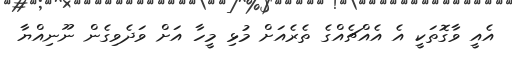
އެއީ ވާގޮތަކީ އެ އެއްޗެއްގެ ތެރެއަށް މުޅި މީހާ އަށް ވަދެވިގެން ނޫނިއްޔާ